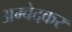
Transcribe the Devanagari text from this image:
अम्बेदकर